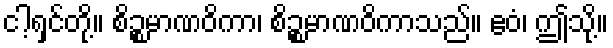
ငါ့ရှင်တို့။ စိဉ္စမာဏဝိကာ၊ စိဉ္စမာဏဝိကာသည်။ ဧဝံ၊ ဤသို့။